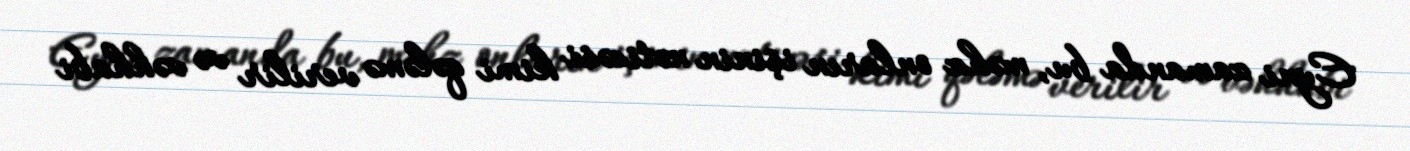
Eyni zamanda bu, məhz onların işinin nəticəsi kimi qələmə verilir və vəhhabi